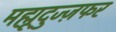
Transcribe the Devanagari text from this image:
मह्मूदुज्ज़फर